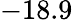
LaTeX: -18.9